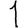
Digit: 1